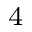
_ 4